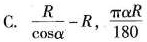
C. $$\frac{R}{ \cos \alpha }-R$$ ， \frac{ \pi \alpha R}{180}